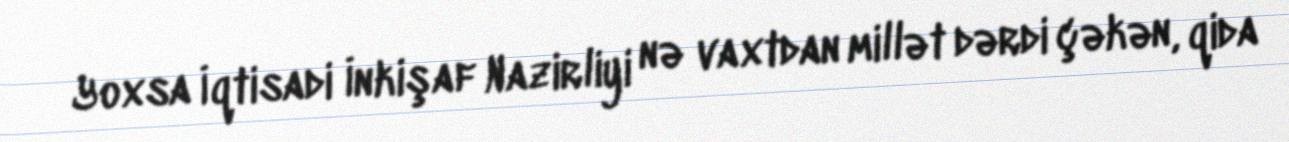
Yoxsa İqtisadi İnkişaf Nazirliyi nə vaxtdan millət dərdi çəkən, qida